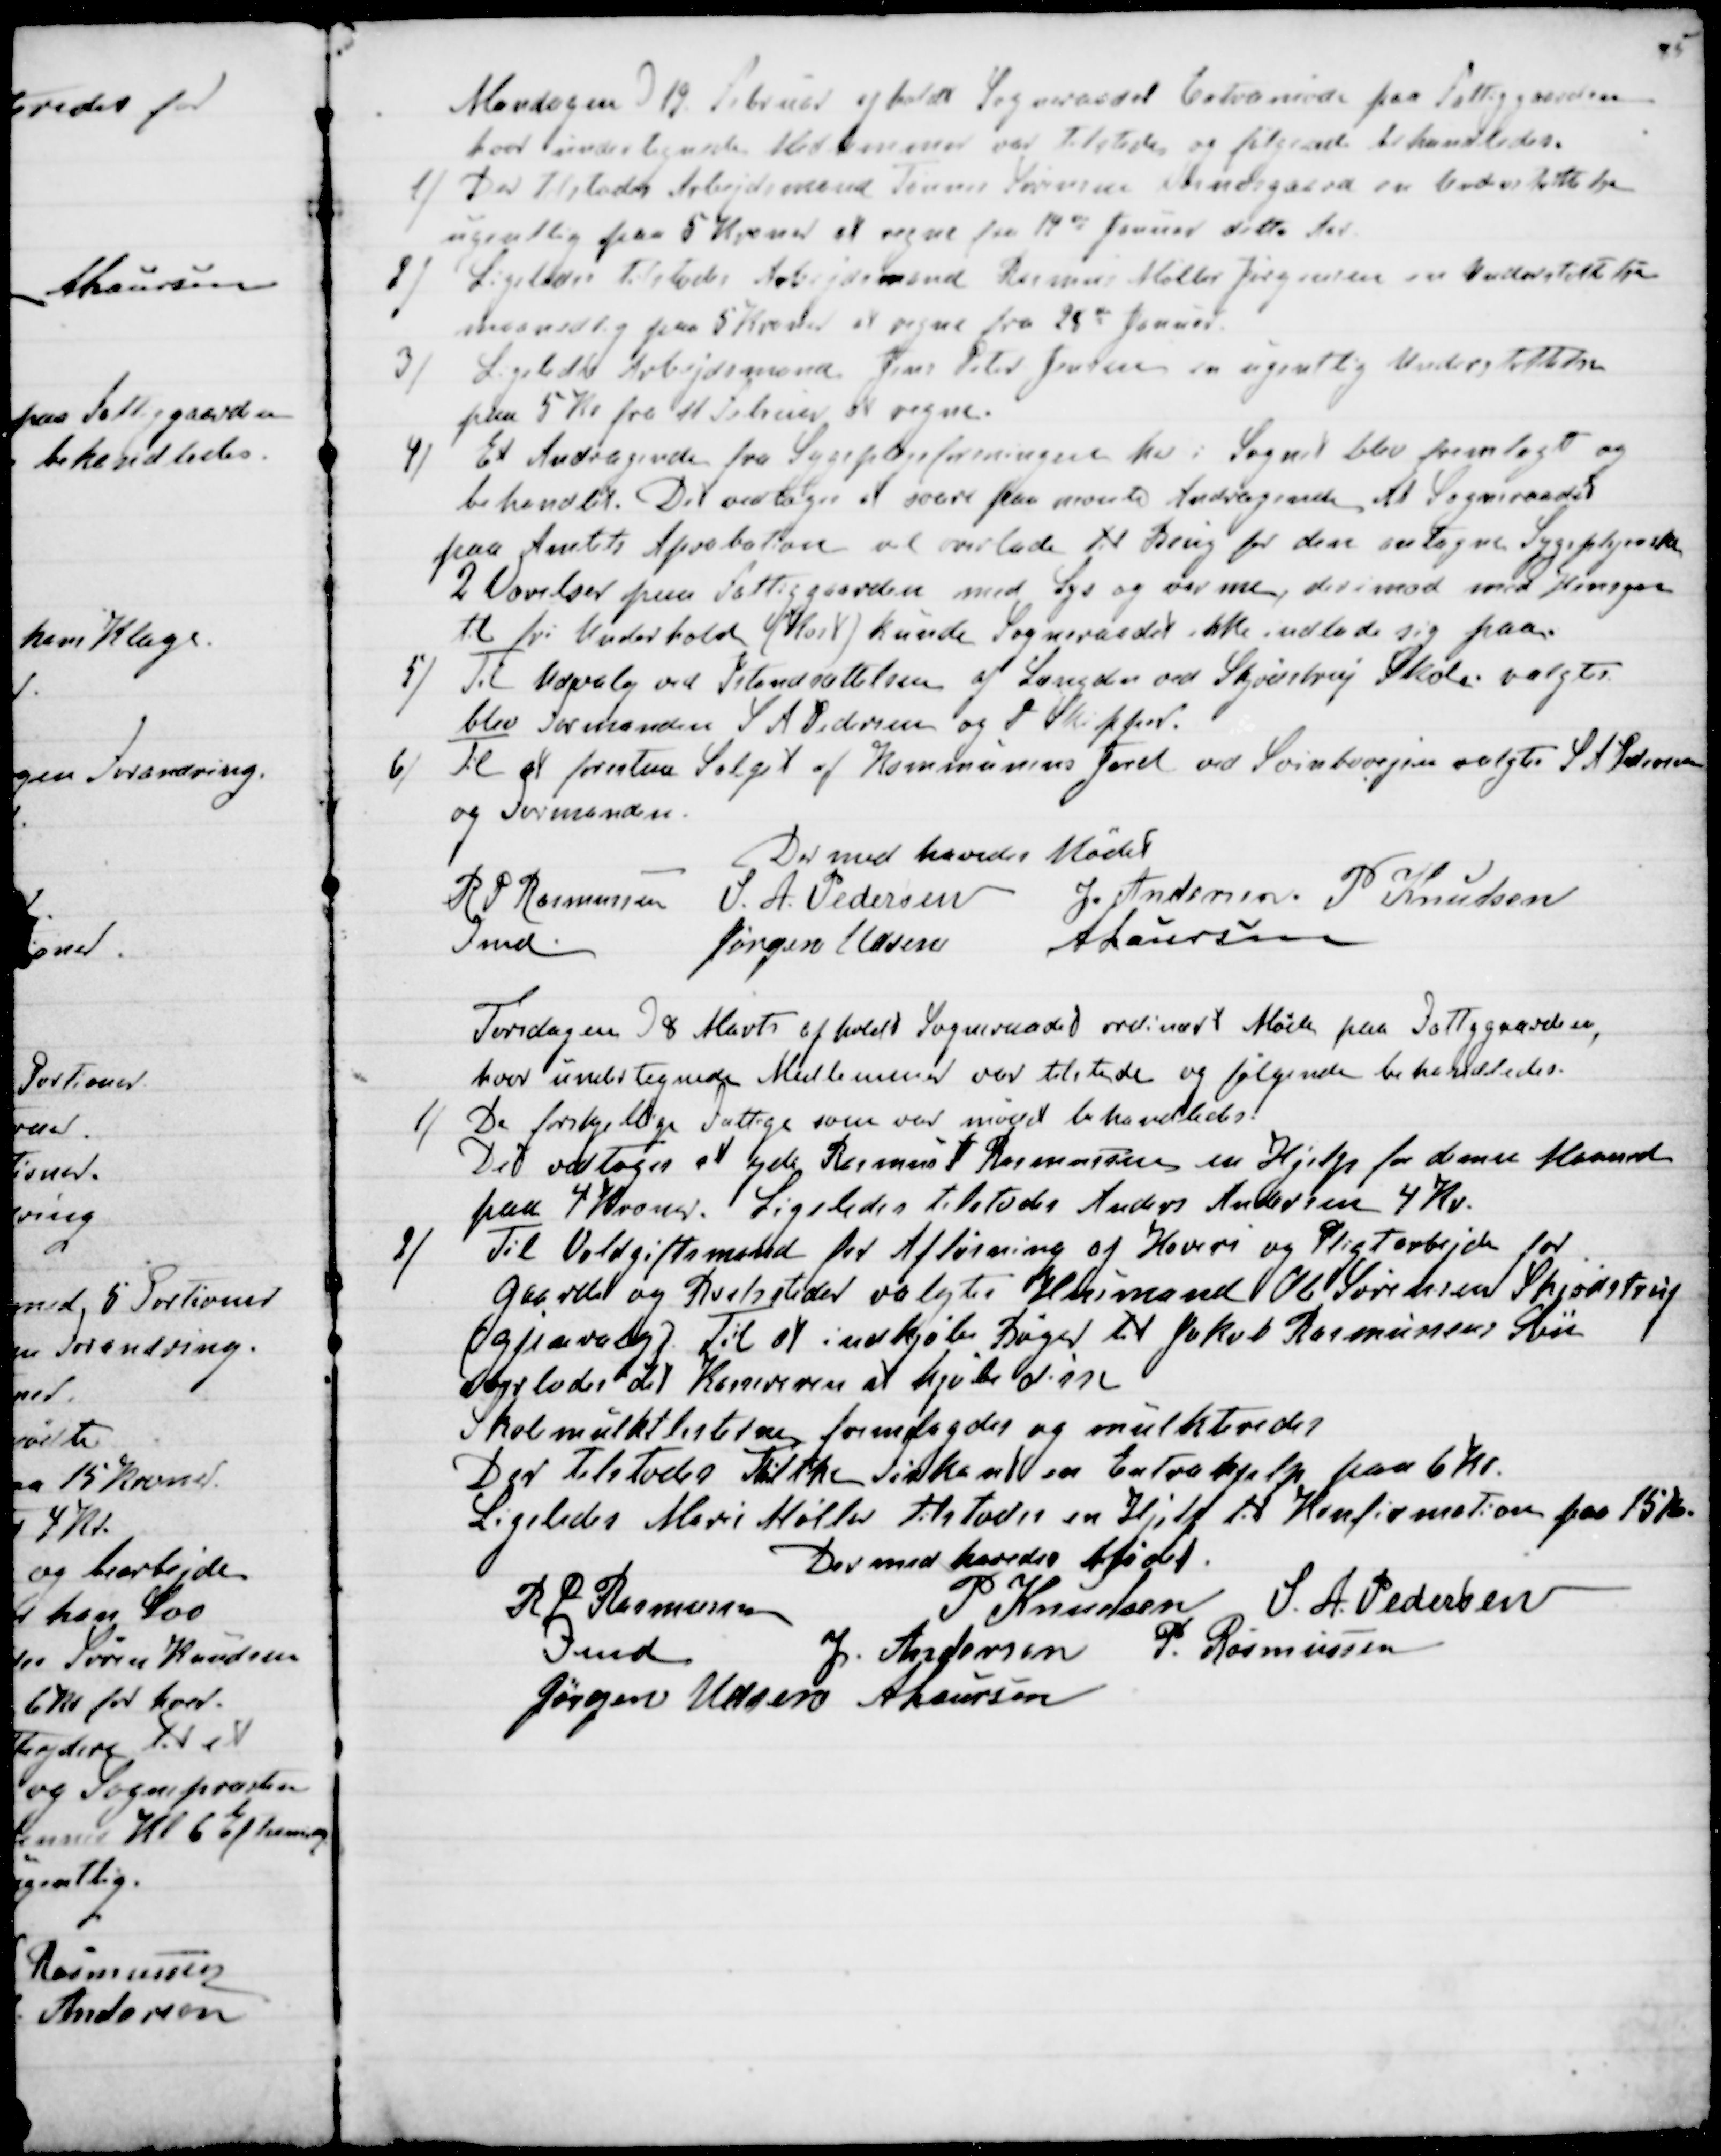
Transskription:
Mandagen d 19. Februar afholdt Sogneraadet Extramøde paa Fattiggaarden
hvor undertegnede Medlemmer var tilstede og følgende behandledes.
1) Der tilstodes Arbejdsmand Tønnes Sørensen Bundegaard en Understøttelse 
ugentlig paa 5 Kroner at regne fra 14de Januar dette Aar.
2) Ligeledes tilstodes Arbejdsmand Rasmus Møller Jørgensen en Understøttelse
maanedlig paa 5 Kroner at regne fra 25de Januar.
3) Ligeledes Arbejdsmand Jens Peter Jensen en ugentlig Understøttelse
paa 5 Kr. fra 11 Februar at regne.
4) Et Andragende fra Sygeplejeforeningen her i Sognet blev fremlagt og
behandlet. Det vedtoges at svare paa nevnte Andragende at Sogneraadet
paa Amtets Aprobation vil overlade til Brug for den antagne Sygeplejerske
2 Værelser paa Fattiggaarden med Lys og varme, derimod med Hensyn
til fri Underhold (Kost) kunde Sogneraadet ikke indlade sig paa.
5) Til Udvalg ved  Istandsættelsen af Længden ved Skjødstrup Skole valgtes
blev Formanden S A Pedersen og P Skipper.
6) Til at forestaa Salget af Kommunens Jord ved Svinbovejen valgtes S A Pedersen
og Formanden.
Dermed hævedes Mødet
R P Rasmussen
Fmd.
S. A. Pedersen
J. Andersen.
P Knudsen
Jørgen Udsen
A Laursen

Torsdagen d 8 Marts afholdt Sogneraadet ordinært Møde paa Fattiggaarden,
hvor undertegnede Medlemmer var tilstede og følgende behandledes.
1) De forskjellige Fattige som var mødt behandledes.
Det vedtoges at yde Rasmus J Rasmussen en Hjelp for denne Maaned
paa 4 Kroner. Ligeledes tilstodes Anders Andersen 4 Kr.
2) Til Voldgiftsmænd for Afløsning af Hoveri og Pligtarbejde for
Gaarde og Boelssteder valgtes Husmand Ole Sørensen Skjødstrup
(gjenvalg) Til at indkjøbe Bøger til Jakob Rasmussens Søn
overlodes det Kasseren at kjøbe disse
Skolemulktlisterne fremlagdes og mulkteredes
Der tilstodes Thilthe Firkant en Extrahjelp paa 6 Kr.
Ligeledes Mari Møller tilstodes en Hjelp til Konfirmation paa 15 Kr.
Dermed hævedes Mødet
R P Rasmussen
Fmd
P Knudsen
S. A. Pedersen
J. Andersen
P. Rasmussen
Jørgen Udsen
A Laursen